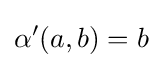
\alpha '(a,b)=b